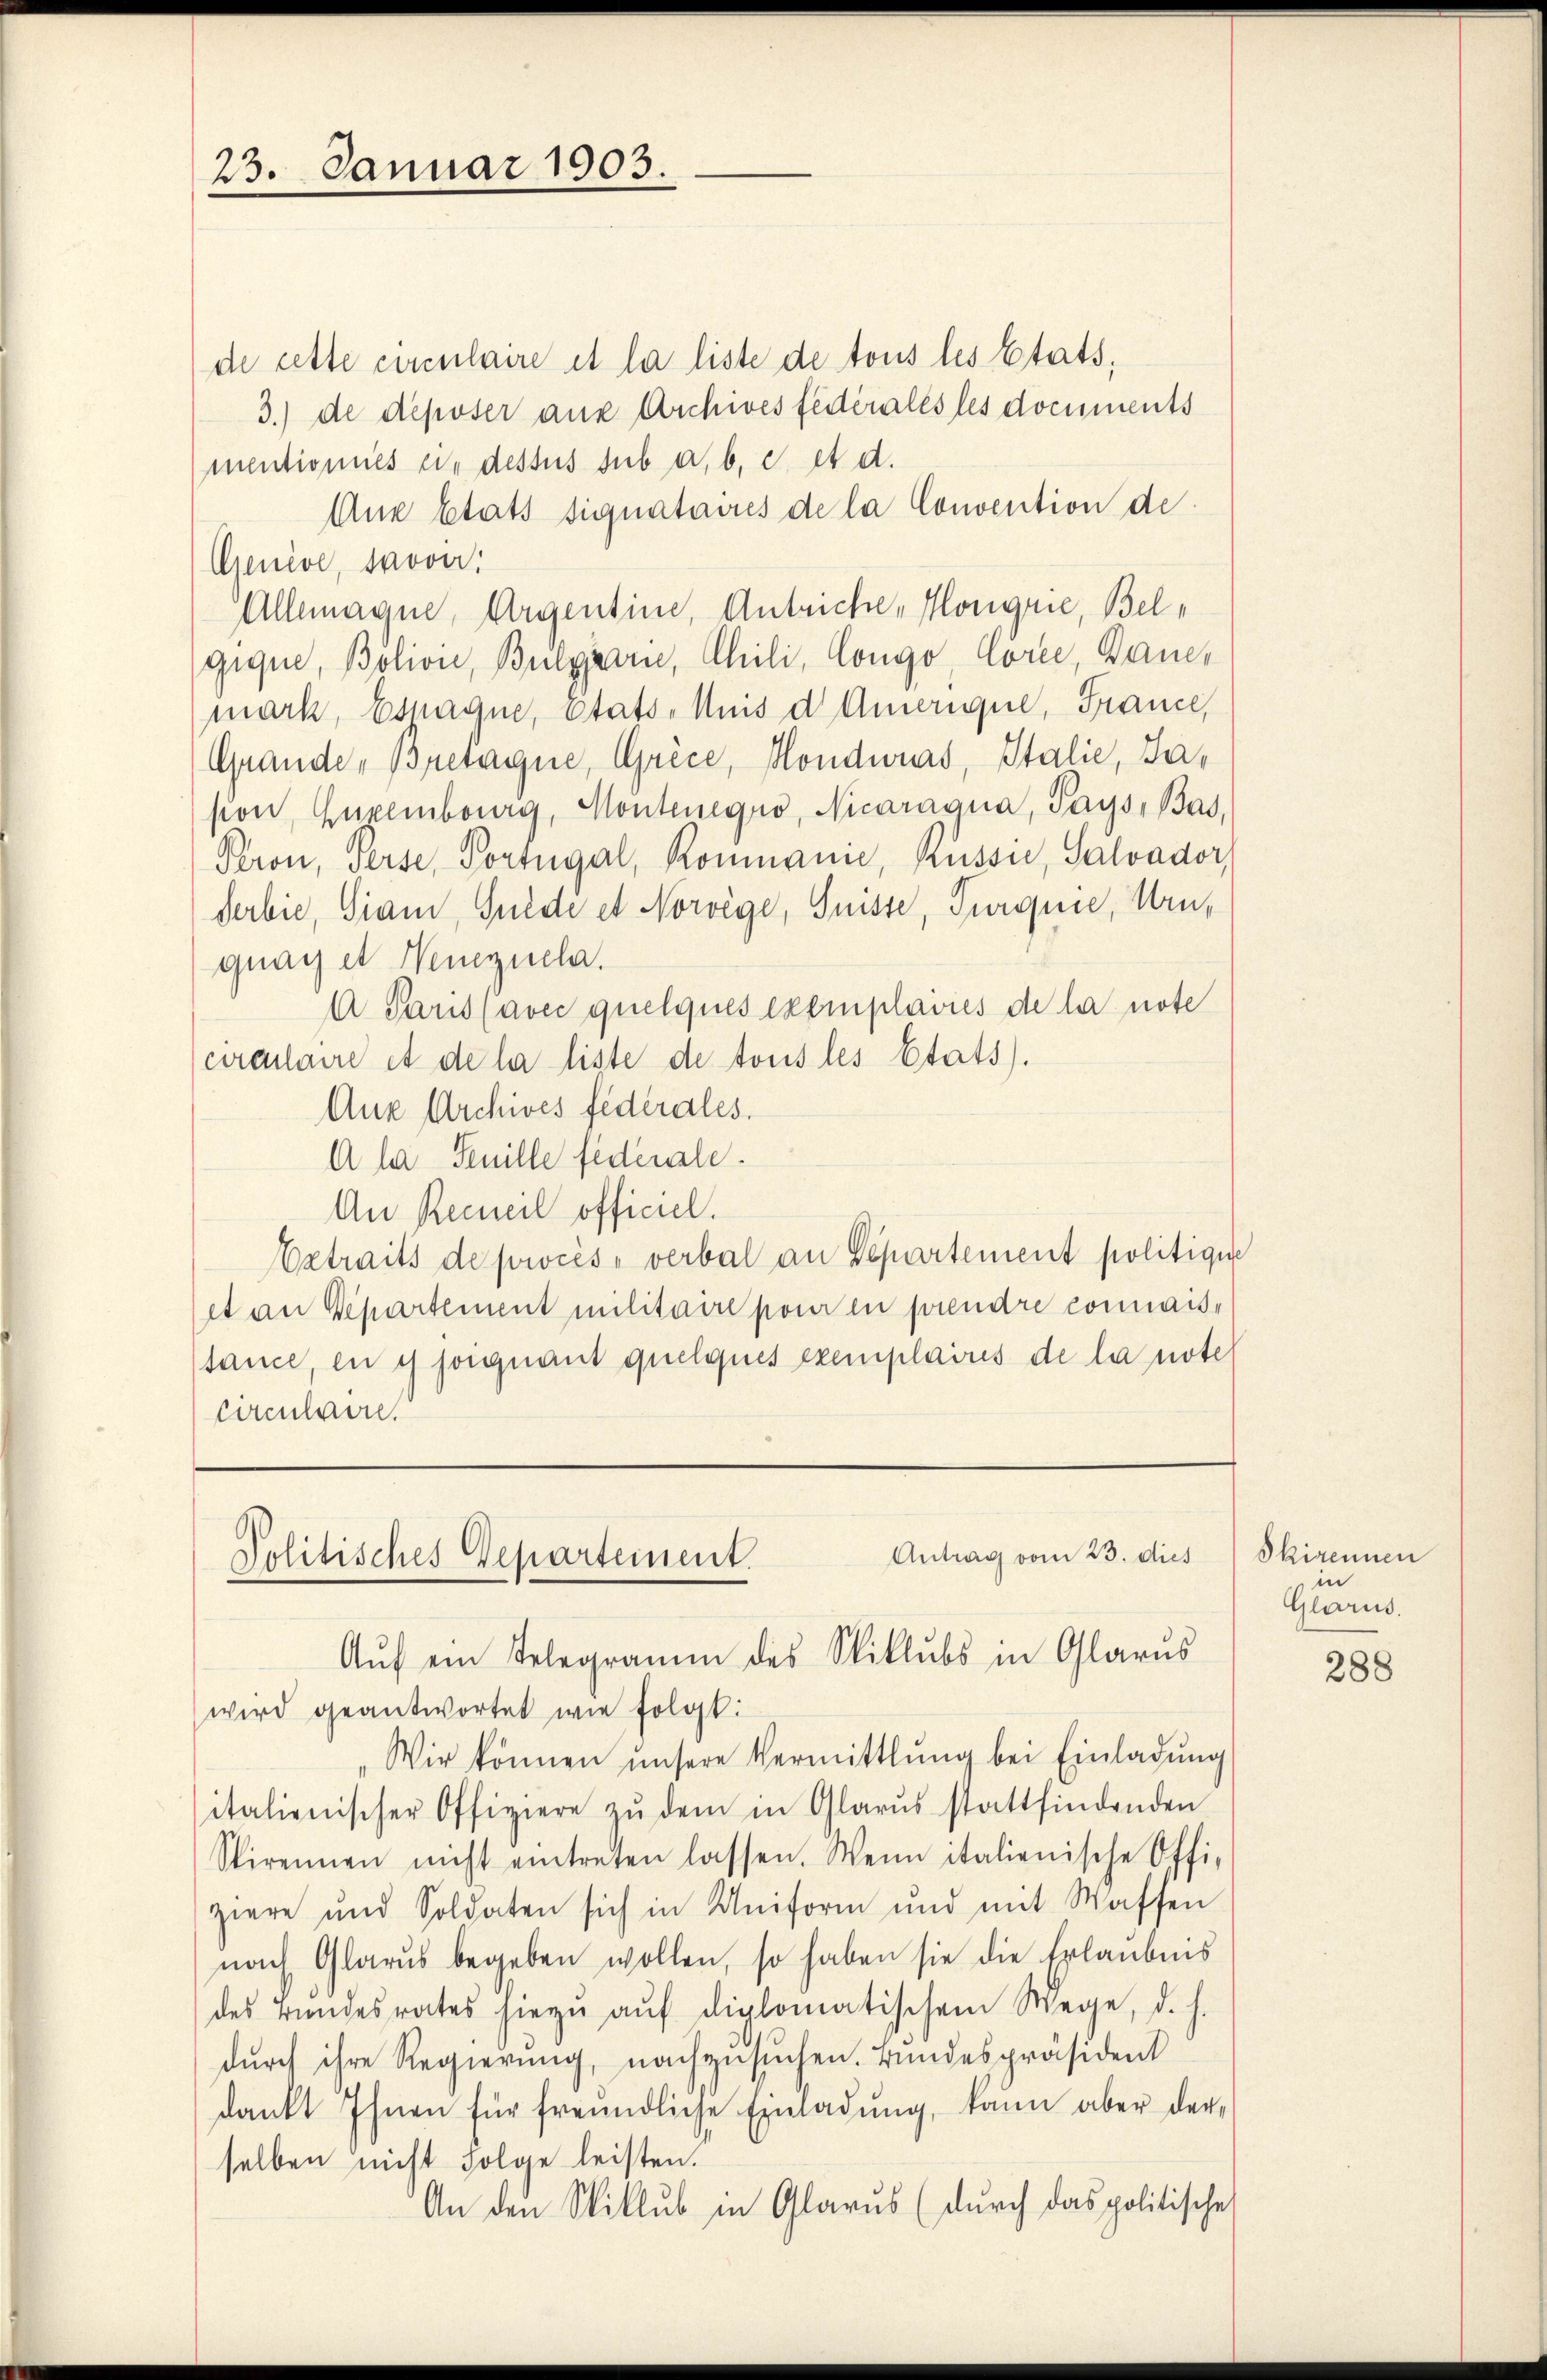
23. Januar 1903.

de cette circulaire et la liste de tous les Etats,
3.) de deposer aux Archives fédérales les documents
mentionies ein dessus sub a. b. c. et d.
Ane Etats signataires de la Convention de
Genève, trova
Allemagne, Argentine, Antriche Kongrie, Belgique, Bolion, Burgerie, Chili, Congo, Corce, Baue
mark, Esnagne, etats - Muis d Amerique, France,
Grande „Bretagne, Grice, Mondwuas, Stalie, Jasion, Eurembourg, Montenegno, Nicaraana, Pays, Bas
Peron, Perse, Portugal, Romanie, Rüsse, Salvador
Serbie, Siam, Gulde et Norwege, Suisse, Furquic, Winquai et Neuernela.
A Saus Cavec quelques exemplavies de la note
circulaire et de la liste de tous les Etats).
Aux Archives fédérales.
A la Senille federale.
An Recueil officiel.
Extraits de procès-verbal an Departement politique
et an Separtement militaire pour in prendre connais-
tance, en es sorgnant quelques exemplaires de la note
Circulaire.

Antrag vom 23. dies
Politisches Departement.
Aŭf ein Telegramm des Niklubs in Glarus

wird geantwortet wie folgt:
Wir können unsere Vermittlung bei Einladŭng
italienischer Offiziere zŭ dem in Glarus stattfindenden
Stirennen nicht eintreten lassen. Wenn italienische Offi-
ziere und Soldaten sich in Uniform und mit Waffen
nach Glarus begeben wollen, so haben sie die Erlaubnis
des Bundesrates hiezŭ aŭf diplomatischem Wege, d. h.
durch ihre Regierung, nachzusuchen. Bundespräsident
dankt Ihnen für freundliche Einladŭng, kann aber der
selben nicht Folge leisten.
An den Willus in Glarus (durch das politische

Skirennen
Glärm.

288